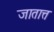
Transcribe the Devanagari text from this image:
जातात्त